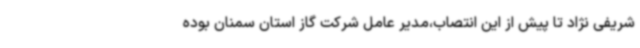
شریفی نژاد تا پیش از این انتصاب،مدیر عامل شرکت گاز استان سمنان بوده